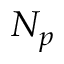
N _ { p }